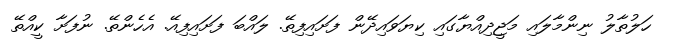
ހަލުތާލު ނިންމާލައި މަޖީދިއްޔާގައި ކިޔަވައިދޭން ފަށައިފިތޭ. ލައްބަ ފަށައިފިއޭ. އެހެންތޭ. ނުފަށާ ކީއްތޭ